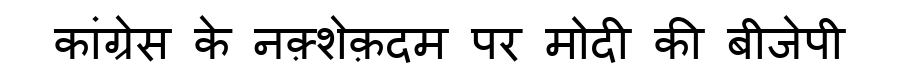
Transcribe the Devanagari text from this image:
कांग्रेस के नक़्शेक़दम पर मोदी की बीजेपी